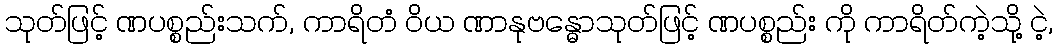
သုတ်ဖြင့် ဏပစ္စည်းသက်, ကာရိတံ ဝိယ ဏာနုဗန္ဓောသုတ်ဖြင့် ဏပစ္စည်း ကို ကာရိတ်ကဲ့သို့ ငဲ့,